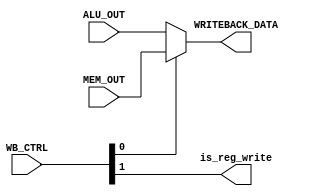
module wb(WB_CTRL, ALU_OUT, MEM_OUT, WRITEBACK_DATA, is_reg_write);

    input [1:0] WB_CTRL;
    input [31:0] ALU_OUT, MEM_OUT;
    output [31:0] WRITEBACK_DATA;
    output is_reg_write;

    assign WRITEBACK_DATA = (WB_CTRL[0] == 1'b1) ? MEM_OUT : ALU_OUT;
    assign is_reg_write = WB_CTRL[1];

endmodule